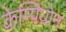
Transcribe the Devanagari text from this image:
केम्पियोन